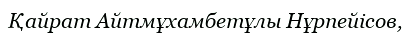
Қайрат Айтмұхамбетұлы Нұрпейісов,